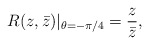
\begin{align*}R(z,\bar{z})|_{\theta=-\pi/4}=\frac{z}{\bar{z}},\end{align*}